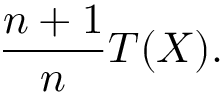
{ \frac { n + 1 } { n } } T ( X ) .